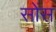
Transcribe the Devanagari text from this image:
सोंस